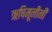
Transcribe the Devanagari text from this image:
ऋषिमूनींनी